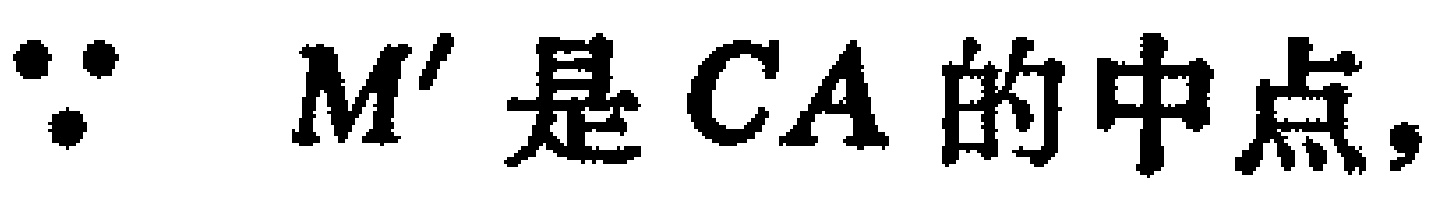
$\because\ M^{\prime}\text{是}CA\text{的中点,}$